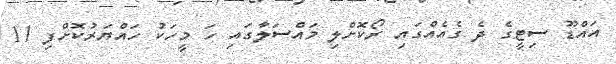
އައްޑޫ ސިޓީގެ ދެ ގެއެއްގައި ރޯކޮށްލި މައްސަލާގައި ހަ މީހަކު ހައްޔަރުކޮށްފި 11